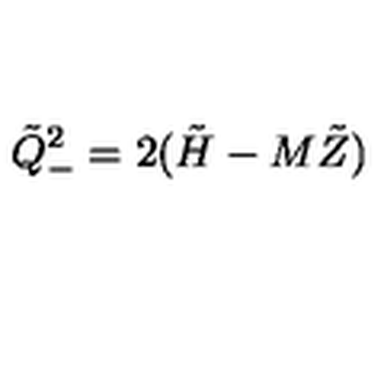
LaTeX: \tilde { Q } _ { - } ^ { 2 } = 2 ( \tilde { H } - M \tilde { Z } )